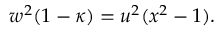
w ^ { 2 } ( 1 - \kappa ) = u ^ { 2 } ( x ^ { 2 } - 1 ) .